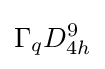
\Gamma _{q}D_{4h}^{9}